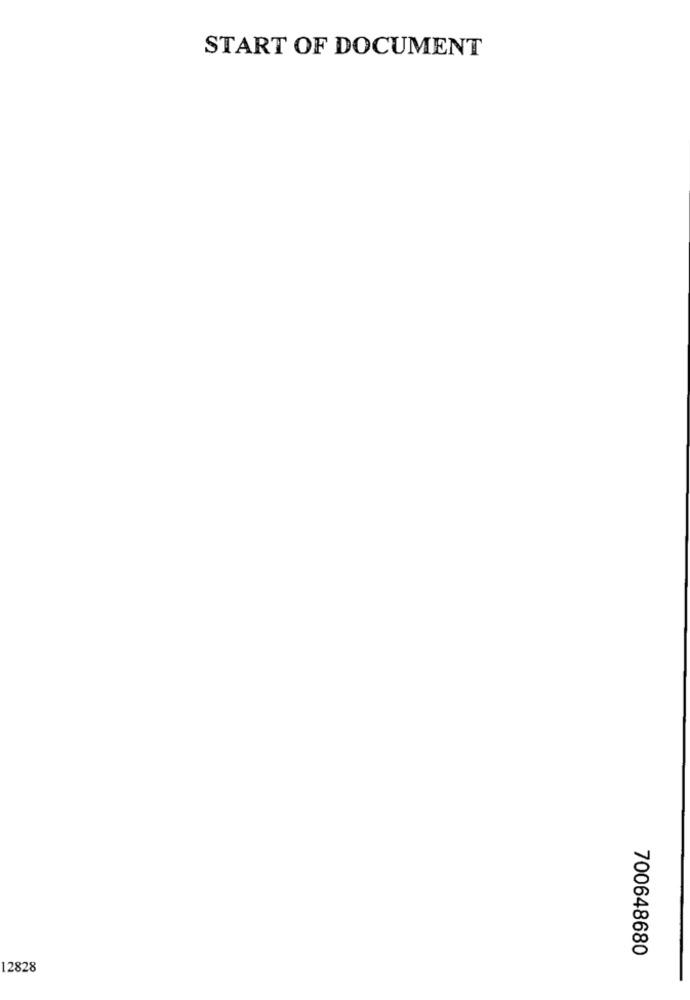
START OF DOCUMENT
700648680
12828